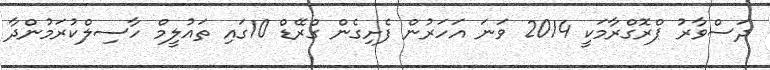
ދަސްވާރު ޕްރޮގްރާމަކީ 2014 ވަނަ އަހަރުން ފެށިގެން ގްރޭޑް 10ގައި ތައުލީމް ހާސިލްކުރަމުންދާ